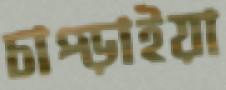
চাপ্‌ড়াইয়া